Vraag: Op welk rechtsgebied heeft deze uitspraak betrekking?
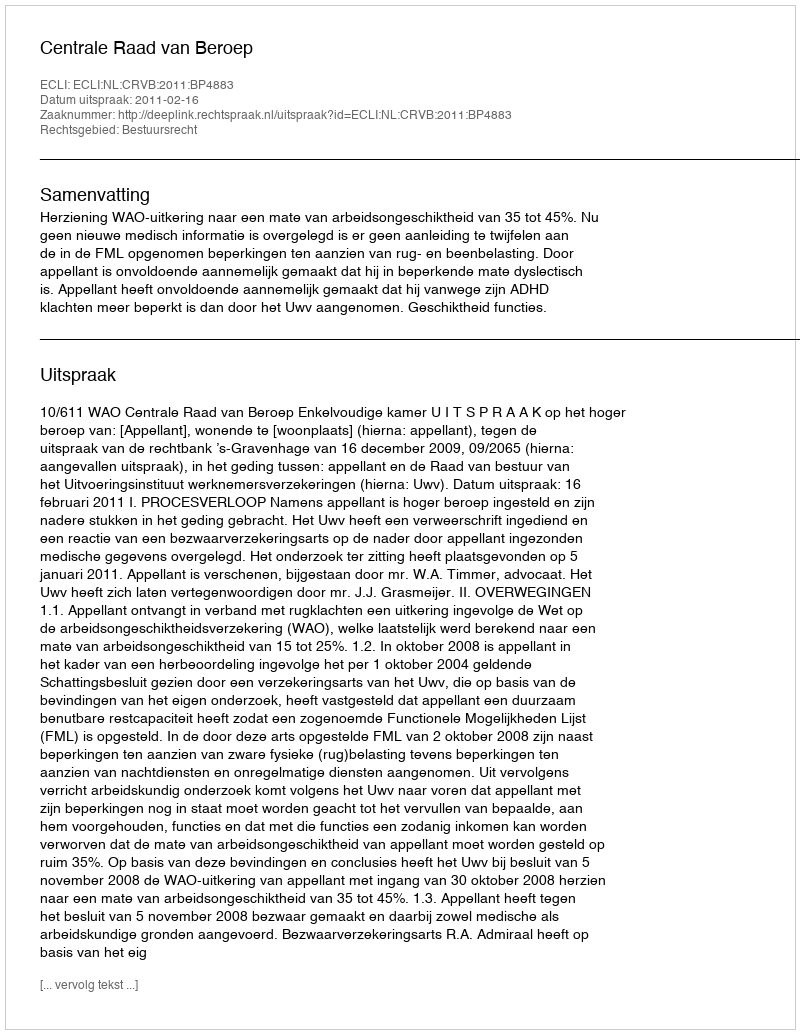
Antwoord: Bestuursrecht